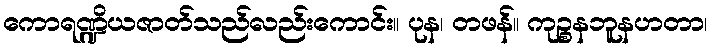
ကောရဏ္ဍိယဇာတ်သည်လည်းကောင်း။ ပုန၊ တဖန်။ ကုဉ္စနဘူနဟတာ၊